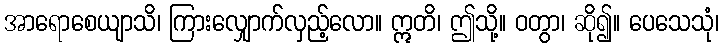
အာရောစေယျာသိ၊ ကြားလျှောက်လှည့်လော။ ဣတိ၊ ဤသို့။ ဝတွာ၊ ဆို၍။ ပေသေသုံ၊